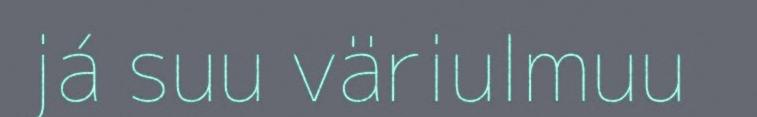
já suu väriulmuu